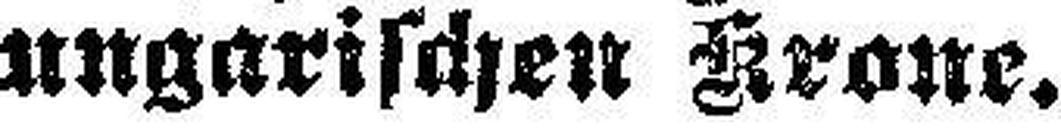
ungarischen Krone.